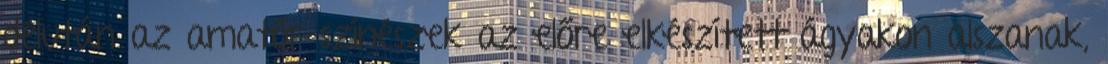
délután az amatőr színészek az előre elkészített ágyakon alszanak,